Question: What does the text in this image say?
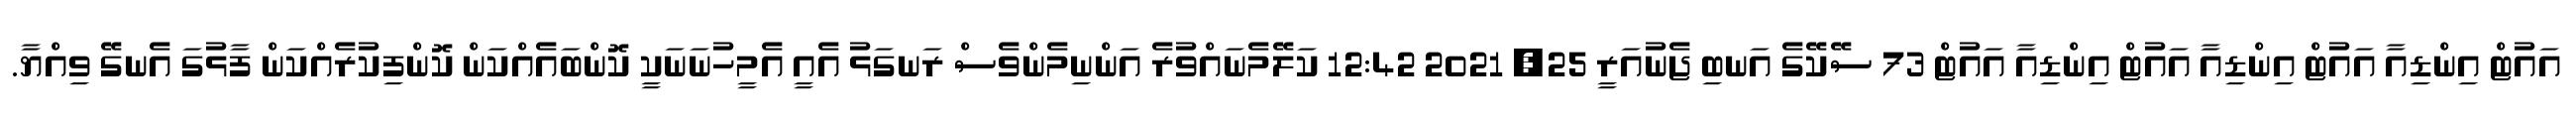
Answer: އައުޓް އިންޑިއާ އައުޓް އިންޑިއާ އައުޓް އިންޑިއާ އައުޓް 73 ސޭކޭގެ އަނބި ޖެނުއަރީ 25, 2021 12:42 ކަލޭމެނައްވުރެ އަންނިމެންވެސް ރަނގަޅު އެއީ އެމީހުނަނަކީ ކޮންބައެއްކަން ކޮންފިކުރެއްކަން ފާޅުގަ އެނގޭ ވިއްޔާ.